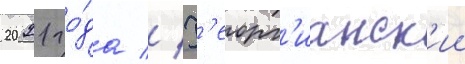
2021 го́да // Г'еорг'ианск'ии